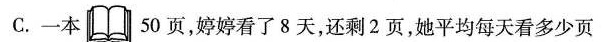
C.一本 50页，婷婷看了8天，还剩2页，她平均每天看多少页